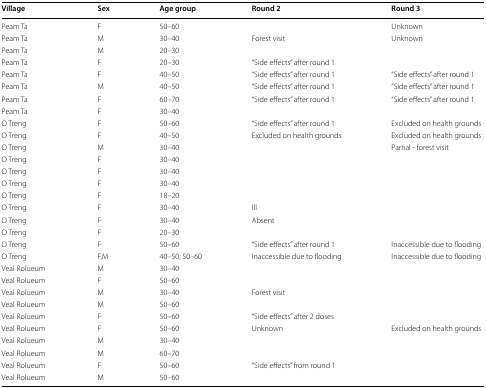
<table><thead><tr><td><b>Village</b></td><td><b>Sex</b></td><td><b>Age group</b></td><td><b>Round 2</b></td><td><b>Round 3</b></td></tr></thead><tbody><tr><td>Peam Ta</td><td>F</td><td>50–60</td><td></td><td>Unknown</td></tr><tr><td>Peam Ta</td><td>M</td><td>30–40</td><td>Forest visit</td><td>Unknown</td></tr><tr><td>Peam Ta</td><td>M</td><td>20–30</td><td></td><td></td></tr><tr><td>Peam Ta</td><td>F</td><td>20–30</td><td>“Side effects” after round 1</td><td></td></tr><tr><td>Peam Ta</td><td>F</td><td>40–50</td><td>“Side effects” after round 1</td><td>“Side effects” after round 1</td></tr><tr><td>Peam Ta</td><td>M</td><td>40–50</td><td>“Side effects” after round 1</td><td>“Side effects” after round 1</td></tr><tr><td>Peam Ta</td><td>F</td><td>60–70</td><td>“Side effects” after round 1</td><td>“Side effects” after round 1</td></tr><tr><td>Peam Ta</td><td>F</td><td>30–40</td><td></td><td></td></tr><tr><td>O Treng</td><td>F</td><td>50–60</td><td>“Side effects” after round 1</td><td>Excluded on health grounds</td></tr><tr><td>O Treng</td><td>F</td><td>40–50</td><td>Excluded on health grounds</td><td>Excluded on health grounds</td></tr><tr><td>O Treng</td><td>M</td><td>30–40</td><td></td><td>Partial - forest visit</td></tr><tr><td>O Treng</td><td>F</td><td>30–40</td><td></td><td></td></tr><tr><td>O Treng</td><td>F</td><td>30–40</td><td></td><td></td></tr><tr><td>O Treng</td><td>F</td><td>30–40</td><td></td><td></td></tr><tr><td>O Treng</td><td>F</td><td>18–20</td><td></td><td></td></tr><tr><td>O Treng</td><td>F</td><td>30–40</td><td>Ill</td><td></td></tr><tr><td>O Treng</td><td>F</td><td>30–40</td><td>Absent</td><td></td></tr><tr><td>O Treng</td><td>F</td><td>20–30</td><td></td><td></td></tr><tr><td>O Treng</td><td>F</td><td>50–60</td><td>“Side effects” after round 1</td><td>Inaccessible due to flooding</td></tr><tr><td>O Treng</td><td>F,M</td><td>40–50; 50–60</td><td>Inaccessible due to flooding</td><td>Inaccessible due to flooding </td></tr><tr><td>Veal Rolueum</td><td>M</td><td>30–40</td><td></td><td></td></tr><tr><td>Veal Rolueum</td><td>F</td><td>50–60</td><td></td><td></td></tr><tr><td>Veal Rolueum</td><td>M</td><td>30–40</td><td>Forest visit</td><td></td></tr><tr><td>Veal Rolueum</td><td>M</td><td>50–60</td><td></td><td></td></tr><tr><td>Veal Rolueum</td><td>F</td><td>50–60</td><td>“Side effects” after 2 doses</td><td></td></tr><tr><td>Veal Rolueum</td><td>F</td><td>50–60</td><td>Unknown</td><td>Excluded on health grounds</td></tr><tr><td>Veal Rolueum</td><td>M</td><td>30–40</td><td></td><td></td></tr><tr><td>Veal Rolueum</td><td>M</td><td>60–70</td><td></td><td></td></tr><tr><td>Veal Rolueum</td><td>F</td><td>50–60</td><td>“Side effects” from round 1</td><td></td></tr><tr><td>Veal Rolueum</td><td>M</td><td>50–60</td><td></td><td></td></tr></tbody></table>